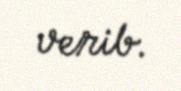
verib.